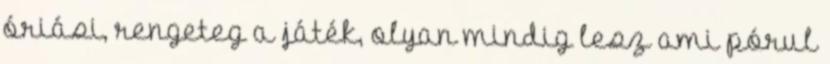
óriási, rengeteg a játék, olyan mindig lesz ami pórul